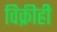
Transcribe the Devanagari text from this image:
विक्रीही